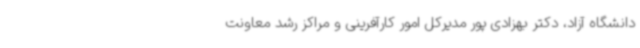
دانشگاه آزاد، دکتر بهزادی پور مدیرکل امور کارآفرینی و مراکز رشد معاونت